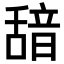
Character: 𮧺